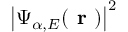
\big | \Psi _ { \alpha , E } ( \textbf { r } ) \big | ^ { 2 }